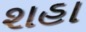
શહા